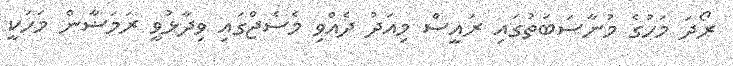
ރޯދަ މަހުގެ މުނާސަބަތުގައި ރައީސް މިއަދު ދެއްވި މެސެޖްގައި ވިދާޅުވީ ރަމަޟާން މަހަކީ